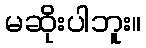
မဆိုးပါဘူး။